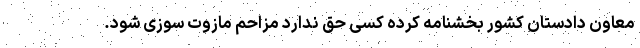
معاون دادستان کشور بخشنامه کرده کسی حق ندارد مزاحم مازوت سوزی شود.